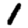
Digit: 1